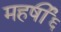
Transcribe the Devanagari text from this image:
महर्षी६